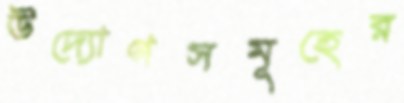
উদ্যোগসমূহের